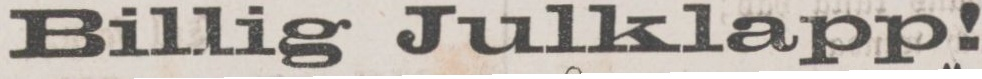
Billig Julklapp!